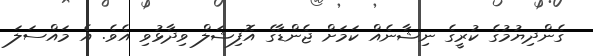
ގެންދިޔުމުގެ ކުރީގެ ނިޝާނެއް ކަމަށް ޖެންޑާގެ އޮފިޝަލް ވިދާޅުވި އެވެ. އެ މައްސަލަ